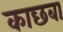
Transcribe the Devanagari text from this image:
काछबा